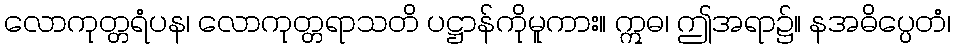
လောကုတ္တရံပန၊ လောကုတ္တရာသတိ ပဋ္ဌာန်ကိုမူကား။ ဣဓ၊ ဤအရာ၌။ နအဓိပ္ပေတံ၊